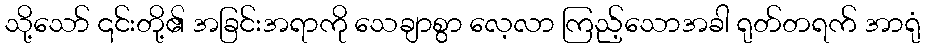
သို့သော် ၎င်းတို့၏ အခြင်းအရာကို သေချာစွာ လေ့လာ ကြည့်သောအခါ ရုတ်တရက် အာရုံ